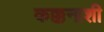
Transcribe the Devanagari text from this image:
कक्कनाशी